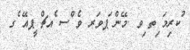
ުކރިމަ ިތ ިވ .މޭން ަޕވަރ ވެ ްސ ެއޗް ީޕއޭ ެގ